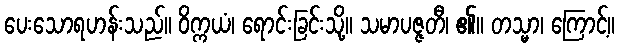
ပေးသောရဟန်းသည်။ ဝိက္ကယံ၊ ရောင်းခြင်းသို့။ သမာပဇ္ဇတီ၊ ၏။ တသ္မာ၊ ကြောင့်။